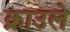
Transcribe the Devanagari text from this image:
क्राउले